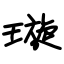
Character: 璇